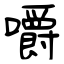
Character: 嚼